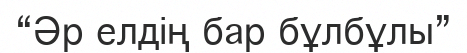
“Әр елдің бар бұлбұлы”